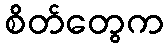
စိတ်တွေက